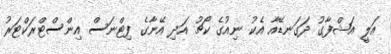
އަލީ އަޝްފާގު ދަގަނޑޭއާ އެކު ނިއުގެ ކޯޗު އަދި އޭނާގެ ފިޓްނަސް އިންސްޓްރަކްޓަރު